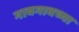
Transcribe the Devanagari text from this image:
गावगावच्या